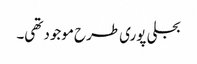
بجلی پوری طرح موجود تھی۔